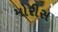
મોરીસ